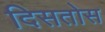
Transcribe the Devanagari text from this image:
दिसतोस